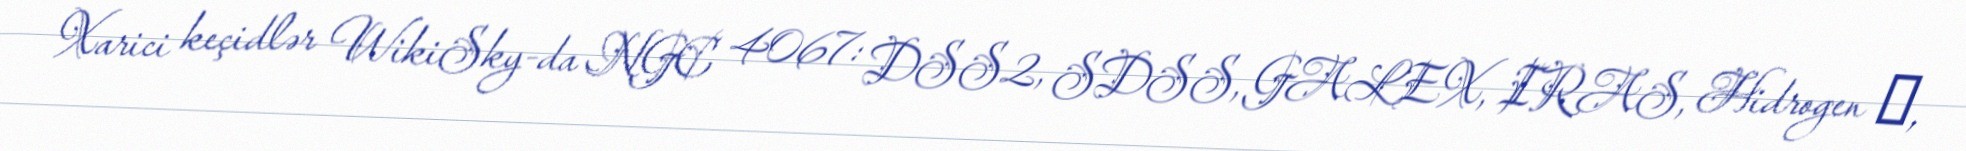
Xarici keçidlər WikiSky-da NGC 4067: DSS2, SDSS, GALEX, IRAS, Hidrogen α,